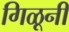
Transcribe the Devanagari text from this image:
गिळूनी